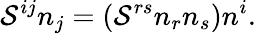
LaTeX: {\cal S}^{ij}n_{j}=\left({{\cal S}^{rs}n_{r}n_{s}}\right)n^{i}.